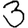
Digit: 3